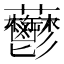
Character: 䖇